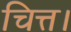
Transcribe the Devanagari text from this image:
चित्त।